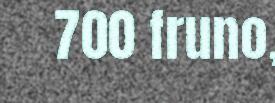
700 fruno,